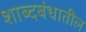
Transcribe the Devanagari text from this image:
शाब्दबंधातील